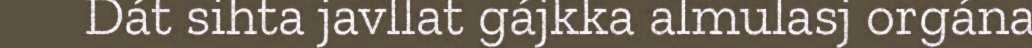
Dát sihta javllat gájkka almulasj orgána